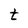
Character: t